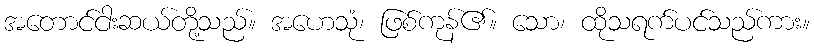
အတောင်ငါးဆယ်တို့သည်။ အဟေသုံ၊ ဖြစ်ကုန်၏။ သော၊ ထိုသရက်ပင်သည်ကား။